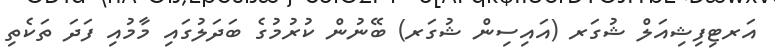
އަރޓިފިޝިއަލް ޝުގަރ (އައިސިން ޝުގަރ) ބޭނުން ކުރުމުގެ ބަދަލުގައި މާމުއި ފަދަ ތަކެތި